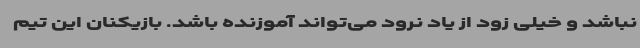
نباشد و خیلی زود از یاد نرود می‌تواند آموزنده باشد. بازیکنان این تیم